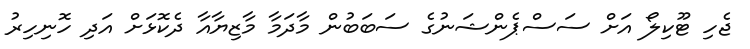
ޖެހި ޓޫކިލޯ އަށް ސަސްޕެންޝަނުގެ ސަބަބުން މާދަމާ މާޒިޔާއާ ދެކޮޅަށް އަދި ހޮނިހިރު